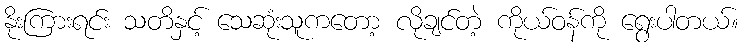
နိုးကြားရင်း သတိနှင့် သေဆုံးသူကတော့ လိုချင်တဲ့ ကိုယ်ဝန်ကို ရွေးပါတယ်။